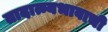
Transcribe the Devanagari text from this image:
तादात्म्यभावाची